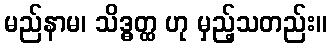
မည်နာမ၊ သိဒ္ဓတ္ထ ဟု မှည့်သတည်း။